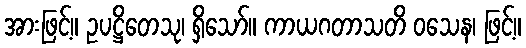
အားဖြင့်။ ဥပဋ္ဌိတေသု၊ ရှိသော်။ ကာယဂတာသတိ ဝသေန၊ ဖြင့်။